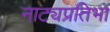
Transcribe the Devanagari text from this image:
नाट्यप्रतिभा